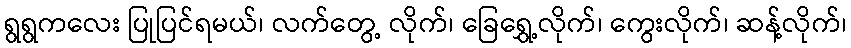
ရွရွကလေး ပြုပြင်ရမယ်၊ လက်တွေ့ လိုက်၊ ခြေရွှေ့လိုက်၊ ကွေးလိုက်၊ ဆန့်လိုက်၊